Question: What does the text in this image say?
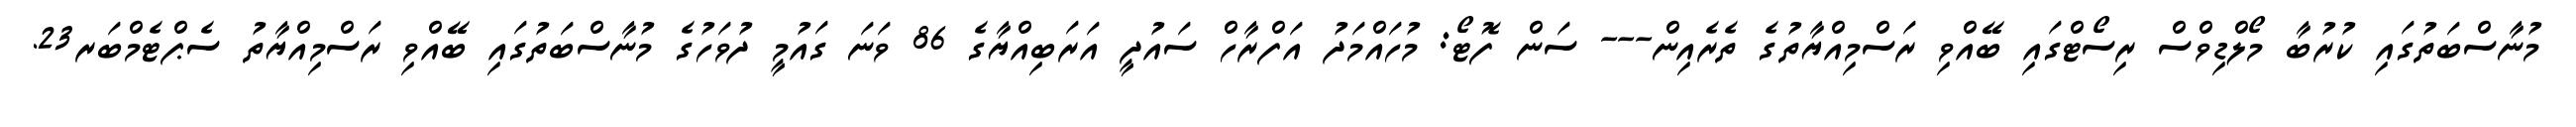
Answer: މުނާސްބަތުގައި ކުރުބާ މޯލްޑިވްސް ރިސޯޓްގައި ބޭއްވި ރަސްމިއްޔާތުގެ ތެރެއިން--- ސަން ފޮޓޯ: މުހައްމަދު އަފްރާހް ސައުދީ އަރަބިއްޔާގެ 86 ވަނަ ގައުމީ ދުވަހުގެ މުނާސްބަތުގައި ބޭއްވި ރަސްމިއްޔާތު ސެޕްޓެމްބަރ23.